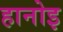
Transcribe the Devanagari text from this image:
हानोइ